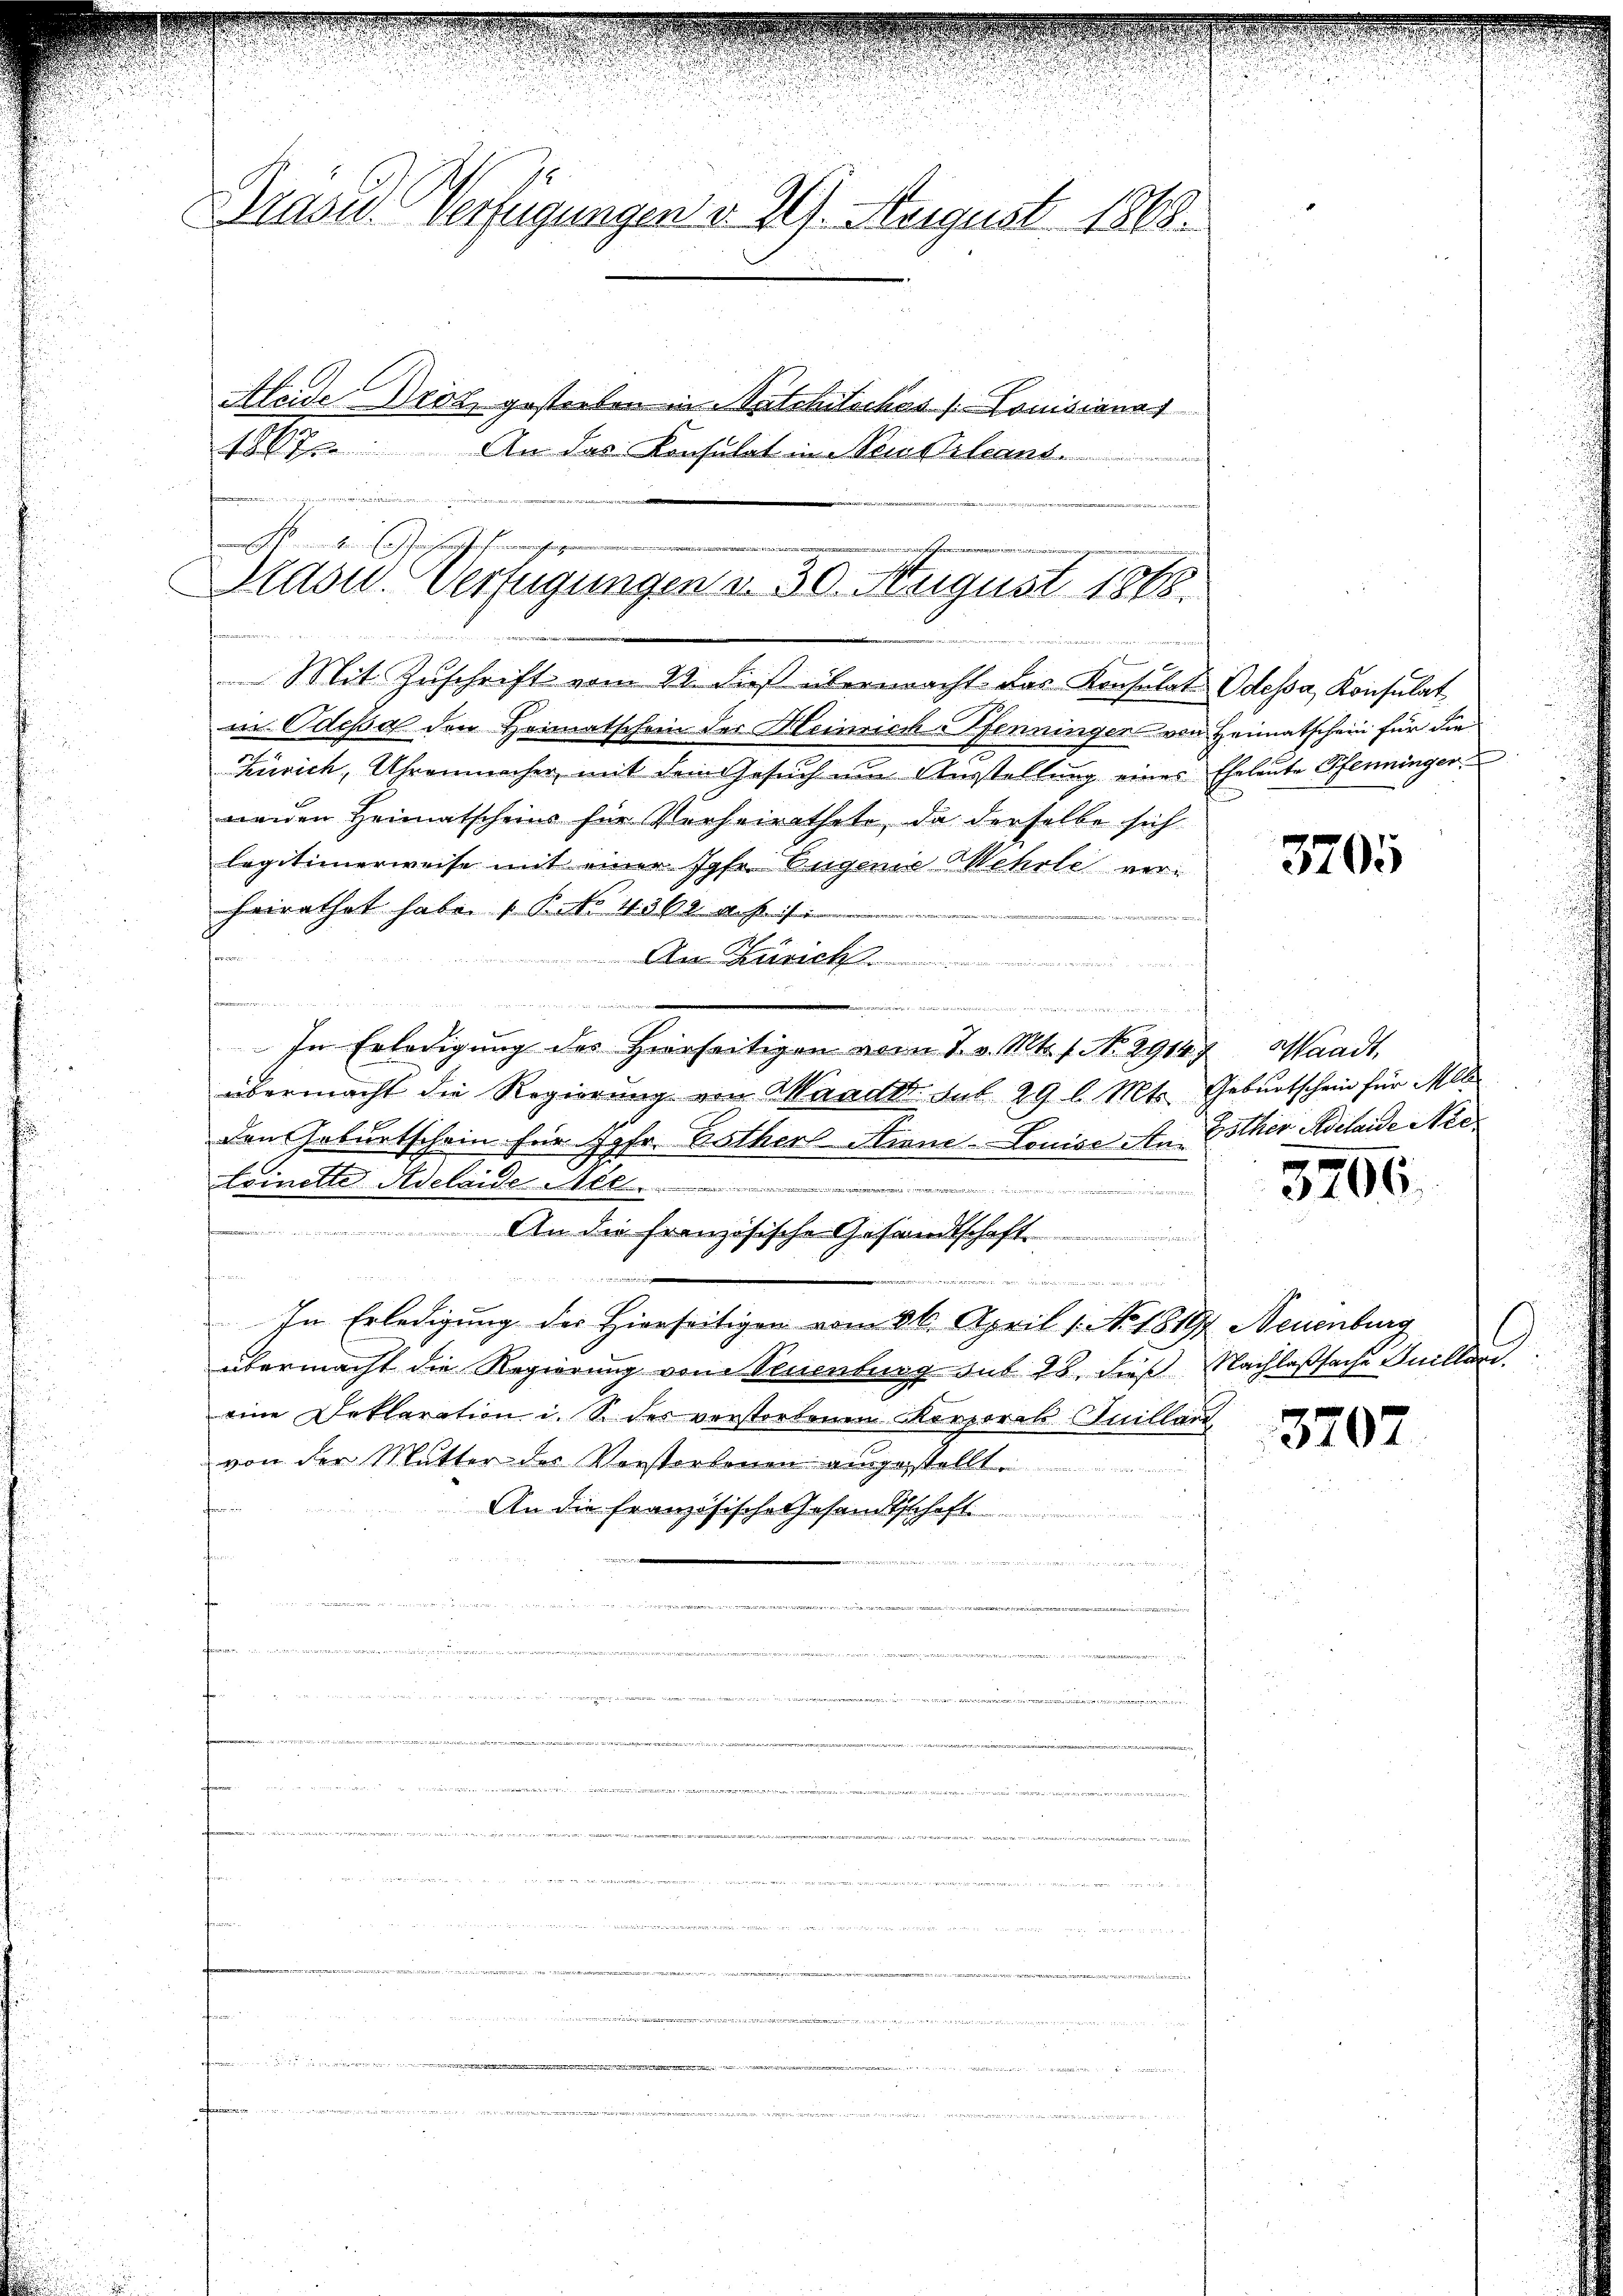
Präsid. Verfügungen v. 29. August 1808.
Aleide Drot gestorben in Vatchitschas /: Louisionar
17. An das Konsulat in Beiserleans

n dem Erschreifenschaften erachtunge
Drasu. Verfügungen d. 30. August 1868

Mit Zuschrift vom 21. dieß übermacht das Konsulat Odessa, Konsulat
in Odessel den Heimatschein der Heinrich-Pfenningen von Heimatschein für die
Zürich, Uhrenmacher mit dem Gesuch um Ausstellung eines Eheleute Pfenninger
nenden Heimatscheins für Verheirathete, da derselbe sich
legitimerweise mit einer Jgfr. Eugenie Wehrle vorheirathet habe. No 436 f.
s
f vor der ein
Ana Kasick
u

In Erledigung des Hierseitigen vom 7. v. Mts. 1. No. 2914.
übermacht die Regierung von Waadt sub 29 l. Mts. Geburtschein für All
den Geburtschein für Jgfr. Bother Sinne-Lonice An Göther Adelaide Nietrinette Adelaide Mill.
d
iticis
An die französische Gesandtschaft

n
  d
In Erledigung des Hierseitigen vom 26. April 1. No 1819, Neuenburg
übermacht die Regierung von Neuenburg sub 28. dieß Nachlaßsache Guillari
eine Deklaration i. S. des verstorbenen Korporats Juilland
von der Mutter des Verstorbenen ausgestellt.
fen
An die französische Gesandtschaft
 venden
r
n
u

3705

Waadt,

3706.

3707